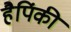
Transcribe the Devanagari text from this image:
हैपिंकी